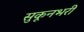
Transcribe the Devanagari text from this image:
सुकूनभरी